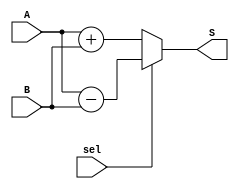
/*--  *******************************************************
--  Computer Architecture Course, Laboratory Sources 
--  Amirkabir University of Technology (Tehran Polytechnic)
--  Department of Computer Engineering (CE-AUT)
--  https://ce[dot]aut[dot]ac[dot]ir
--  *******************************************************
--  All Rights reserved (C) 2019-2020
--  *******************************************************
--  Student ID  : 
--  Student Name: 
--  Student Mail: 
--  *******************************************************
--  Additional Comments:
--
--*/

/*-----------------------------------------------------------
---  Module Name: 32 Bit Adder/Subtractor
---  Description: Module1: 
-----------------------------------------------------------*/
`timescale 1 ns/1 ns

module AdderSubtractor32x32 (
	input  [31:0] A    , // input  [2's complement 32 bits]
	input  [31:0] B    , // input  [2's complement 32 bits]
	input         sel  , // input  [add:sel=0 || sub:sel=1] 
	output [31:0] S      // output [2's complement 32 bits]
);
		reg [31:0] S2;
	always @(sel or A or B)
	if(sel)
		begin
			S2=A-B;
		end
	else
		begin
			S2=A+B;
		end
			
	assign S=S2;
endmodule